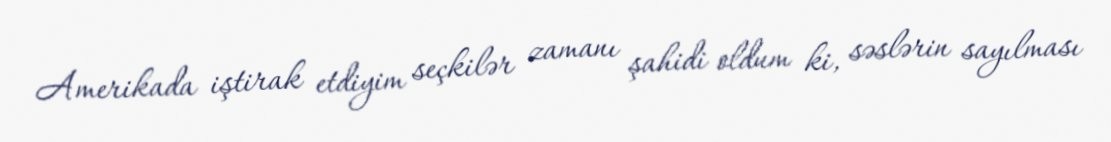
Amerikada iştirak etdiyim seçkilər zamanı şahidi oldum ki, səslərin sayılması